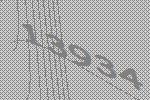
13934